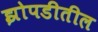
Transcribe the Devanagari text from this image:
झोपडीतील